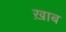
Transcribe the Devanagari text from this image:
ख़ाब